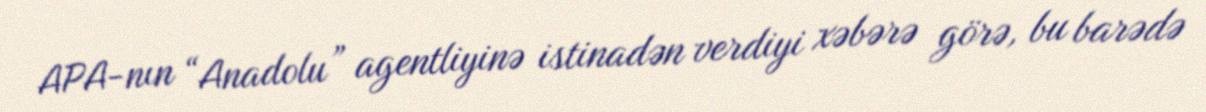
APA-nın “Anadolu” agentliyinə istinadən verdiyi xəbərə görə, bu barədə